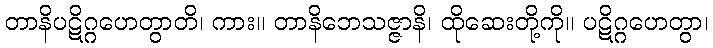
တာနိပဋိဂ္ဂဟေတွာတိ၊ ကား။ တာနိဘေသဇ္ဇာနိ၊ ထိုဆေးတို့ကို။ ပဋိဂ္ဂဟေတွာ၊